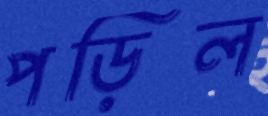
পড়িল